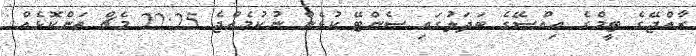
ރާއްޖޭގެ ޓީމްގެ އިއްސޭގެ ބަދަލުގައި ސެންޓޭ ކުޅެން ނުކުމެއްޖެ 22:25 މެޗް ތަންކޮޅެއް